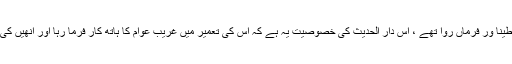
عالم اسلام میں ماضی میں جو دار الحدیث بنایے گئے ان کے بنانے والے سلاطینا ور فرماں روا تھے ، اس دار الٓحدیث کی خصوصیت یہ ہے کہ اس کی تعمیر میں غریب عوام کا ہاتھ کار فرما رہا اور انھیں کی معمولی معمولی امدادوں سے یہ عظیم الشان عمارت عالم وجود میں آئی ہے ۔